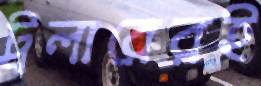
ট্রলারেরই